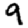
Digit: 9